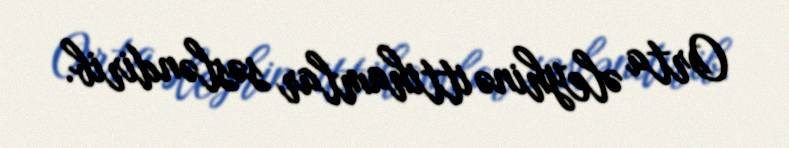
Orta əleyhinə ittihamlar səsləndirib.